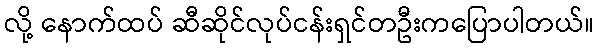
လို့ နောက်ထပ် ဆီဆိုင်လုပ်ငန်းရှင်တဦးကပြောပါတယ်။